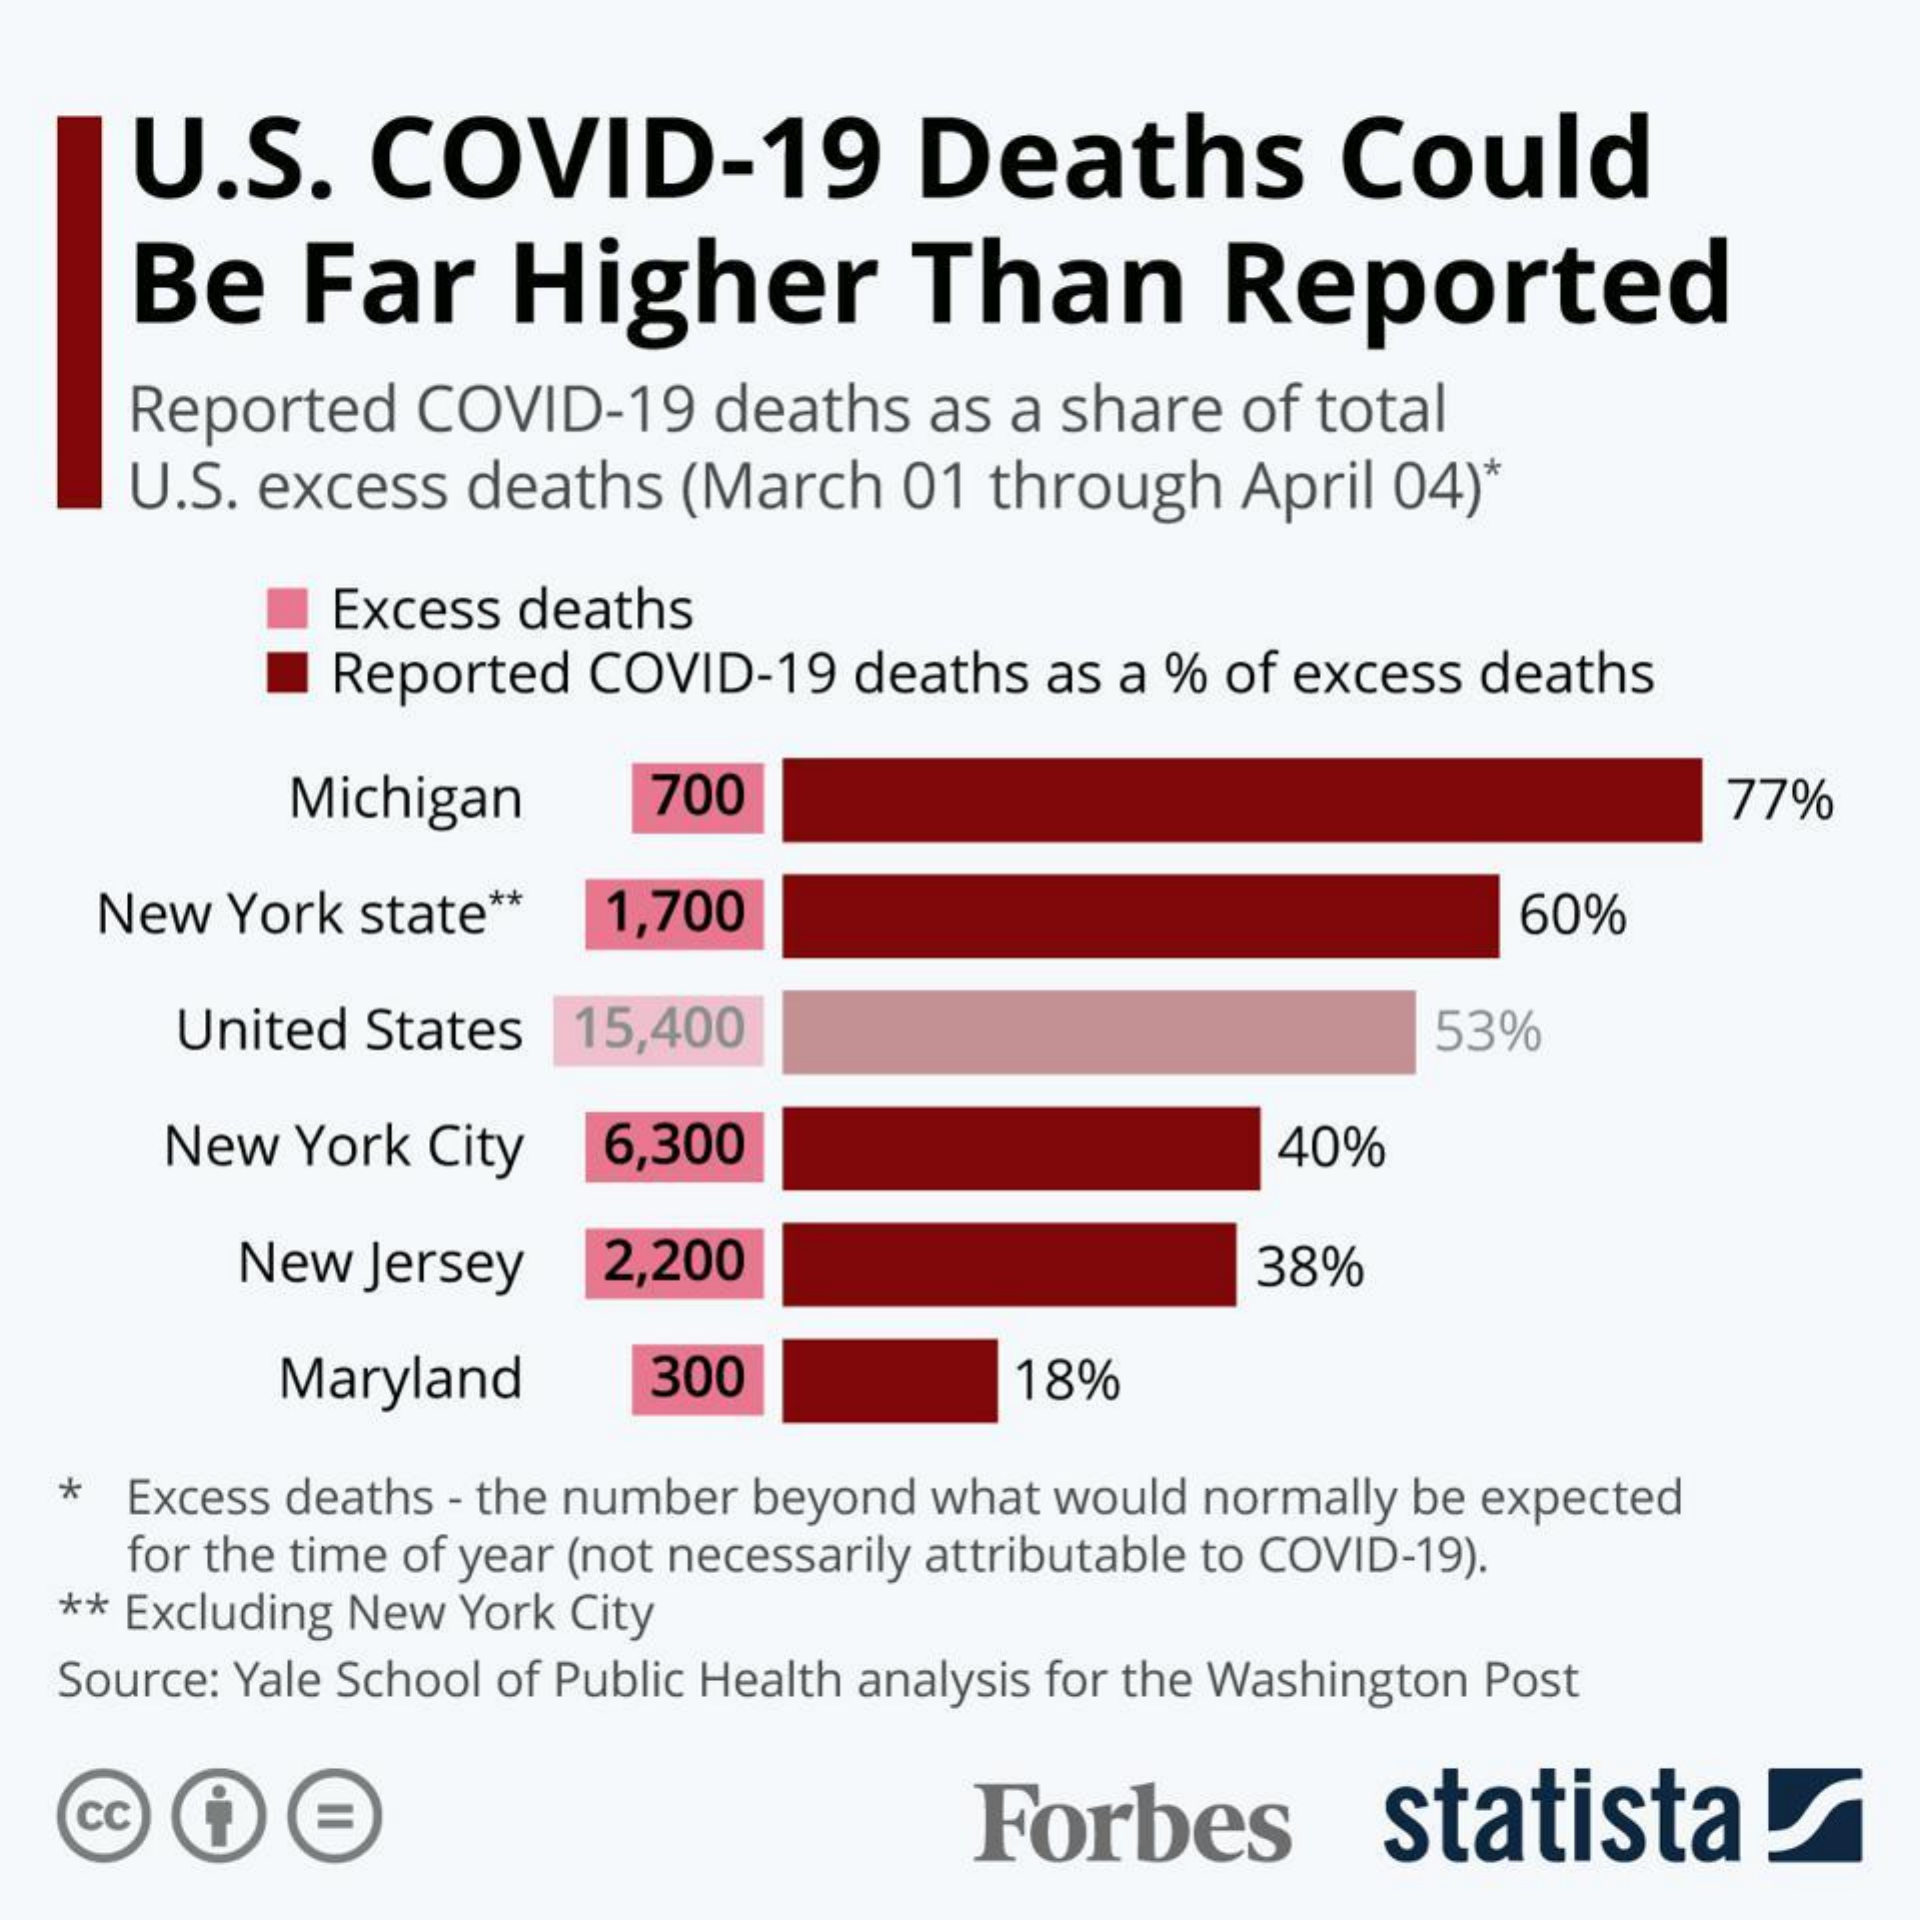
U.S.    COVID-19    Deaths    Could
     Be   Far    Higher    Than    Reported
     Reported   COVID-19    deaths  as a share  of total
     U.S. excess  deaths  (March   01 through   April 04)*
     Excess deaths
     Reported  COVID-19  deaths as a  % of excess deaths
     Michigan    700    77%
    New  York state **  1,700    60%
     United States  15,400    53%
     New   York City   6,300    40%
     New  Jersey    2,200    38%
     Maryland    300    18%
   * Excess deaths - the number beyond what would normally be expected
     for the time of year (not necessarily attributable to COVID-19).
   ** Excluding New York City
   Source: Yale School of Public Health analysis for the Washington Post
   cc    Forbes    statista!